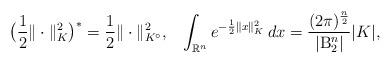
LaTeX: \begin{align*}\big( \frac12 \|\cdot\|_K^2 \big)^* = \frac12\|\cdot\|_{K^\circ}^2,\;\;\; \int_{\mathbb{R}^n} e^{- \frac12 \| x \|_K^2}\, dx = \frac{(2\pi)^\frac{n}{2}}{|{\rm B}_2^n|} |K|,\end{align*}